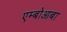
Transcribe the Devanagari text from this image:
एम्बोआबा